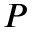
P